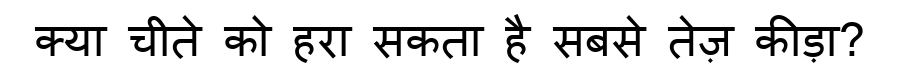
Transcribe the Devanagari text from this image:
क्या चीते को हरा सकता है सबसे तेज़ कीड़ा?